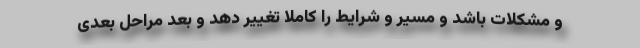
و مشکلات باشد و مسیر و شرایط را کاملاً تغییر دهد و بعد مراحل بعدی